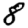
Digit: 8